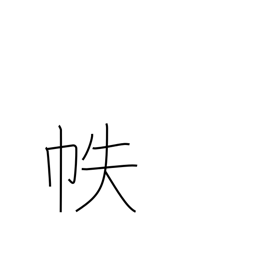
Meaning: Japanese book cover